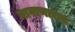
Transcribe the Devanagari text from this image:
नागाणाराय